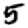
Digit: 5